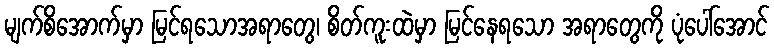
မျက်စိအောက်မှာ မြင်ရသောအရာတွေ၊ စိတ်ကူးထဲမှာ မြင်နေရသော အရာတွေကို ပုံပေါ်အောင်